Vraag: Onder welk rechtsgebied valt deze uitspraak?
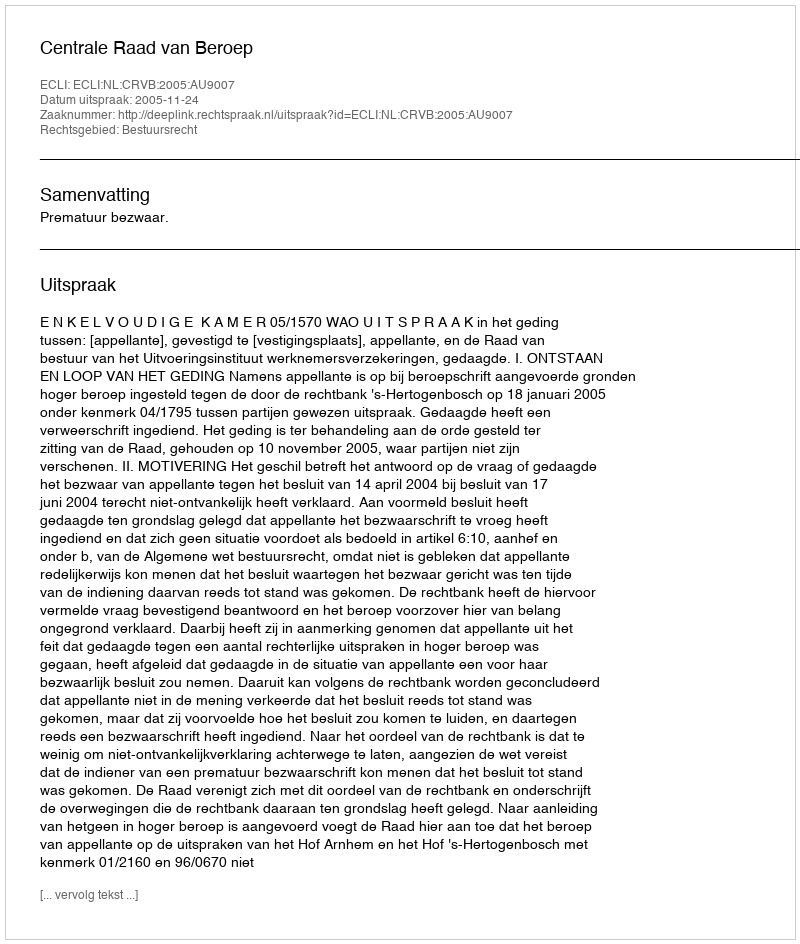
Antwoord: Bestuursrecht